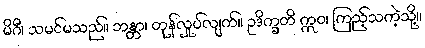
မိဂီ၊ သမင်မသည်။ ဘန္တာ၊ တုန်လှုပ်လျက်။ ဥဒိက္ခတိ ဣဝ၊ ကြည့်သကဲ့သို့။